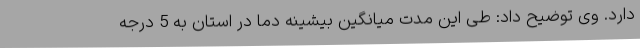
دارد. وی توضیح داد: طی این مدت میانگین بیشینه دما در استان به 5 درجه